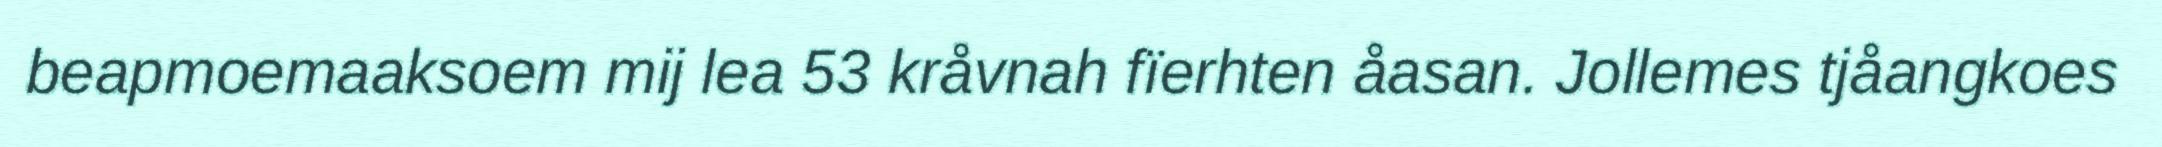
beapmoemaaksoem mij lea 53 kråvnah fïerhten åasan. Jollemes tjåangkoes